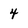
Character: 4